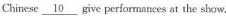
Chinese 10 give performances at the show,